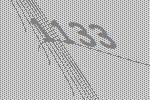
1133